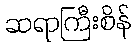
ဆရာကြီးစိန်